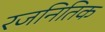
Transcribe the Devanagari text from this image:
रजनितिक